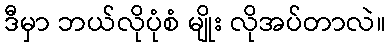
ဒီမှာ ဘယ်လိုပုံစံ မျိုး လိုအပ်တာလဲ။